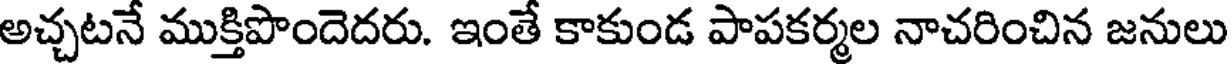
అచ్చటనే ముక్తిపొందెదరు. ఇంతే కాకుండ పాపకర్మల నాచరించిన జనులు